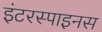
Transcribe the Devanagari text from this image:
इंटरस्पाइनस